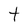
Character: t